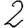
Digit: 2